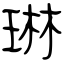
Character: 琳